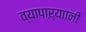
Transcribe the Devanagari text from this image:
व्यापाऱ्याानी